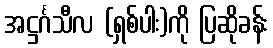
အဋ္ဌင်္ဂသီလ (ရှစ်ပါး)ကို ပြဆိုခန်း